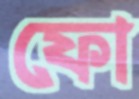
ফো